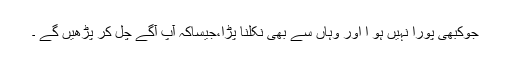
جوکبھی پورا نہیں ہو ا اور وہاں سے بھی نکلنا پڑا،جیساکہ آپ آگے چل کر پڑھیں گے ۔